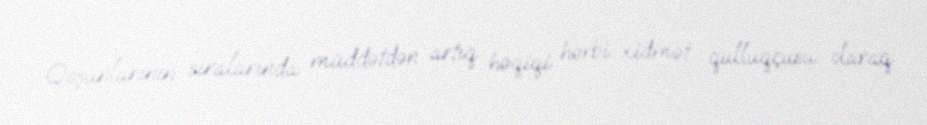
Qoşunlarının sıralarında müddətdən artıq həqiqi hərbi xidmət qulluqçusu olaraq